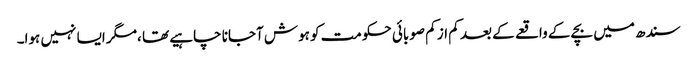
سندھ میں بچے کے واقعے کے بعد کم از کم صوبائی حکومت کو ہوش آجانا چاہیے تھا ،مگر ایسا نہیں ہوا۔